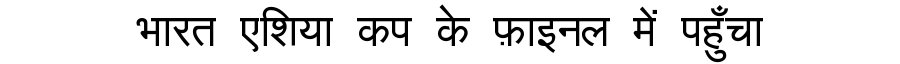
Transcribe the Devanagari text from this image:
भारत एशिया कप के फ़ाइनल में पहुँचा